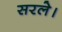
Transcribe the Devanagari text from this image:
सरले।